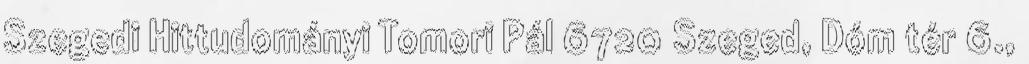
Szegedi Hittudományi Tomori Pál 6720 Szeged, Dóm tér 6.,